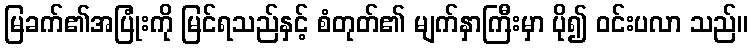
မြခက်၏အပြုံးကို မြင်ရသည်နှင့် စံတုတ်၏ မျက်နှာကြီးမှာ ပို၍ ဝင်းပလာ သည်။